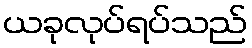
ယခုလုပ်ရပ်သည်